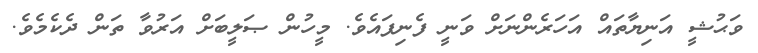
ވަޙުޝީ އަނިޔާތައް އަހަރެންނަށް ވަނީ ފެނިފައެވެ. މީހުން ޞަލީބަށް އަރުވާ ތަން ދެކެމެވެ.